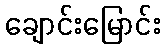
ချောင်းမြောင်း